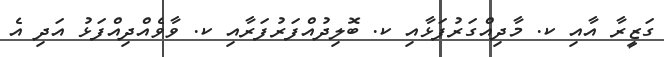
ގަޒީރާ އާއި ކ. މާދިއްގަރުފަޅާއި ކ. ބޮލިދުއްފަރުފަރާއި ކ. ވާވެއްދިއްފަޅު އަދި އެ